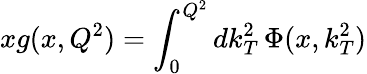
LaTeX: xg(x,Q^{2})=\int_{0}^{Q^{2}}dk_{T}^{2}\, \Phi(x,k_{T}^{2})